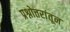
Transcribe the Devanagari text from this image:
प्रश्नोत्तरांतून